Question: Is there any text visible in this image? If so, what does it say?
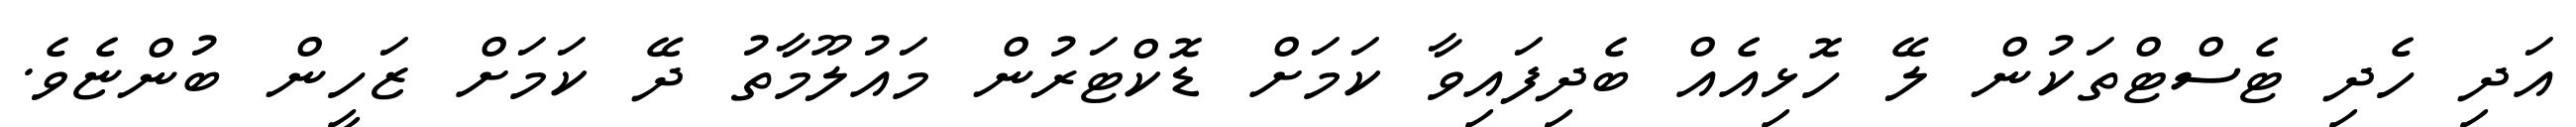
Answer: އަދި ހެދި ޓެސްޓްތަކުން ލޭ ހޮޅިއެއް ބެދިފައިވާ ކަމަށް ޑޮކްޓަރުން މައުލޫމާތު ދޭ ކަމަށް ޒަހީން ބުންޏެވެ.